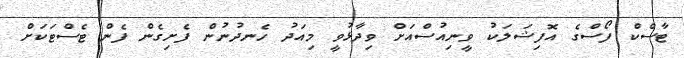
ޓާސްކް ފޯސްގެ އޮފިޝަލަކު ވީނިއުސްއަށް ވިދާޅުވީ މިއަދު ހެނދުނުން ފެށިގެން ފެން ޓެސްޓަކަށް